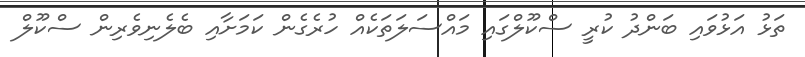
ތަޅު އަޅުވައި ބަންދު ކުރީ ސްކޫލްގައި މައްސަލަތަކެއް ހުރެގެން ކަމަށާއި ބެލެނިވެރިން ސްކޫލް